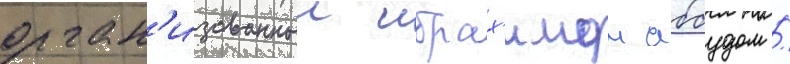
орган'изованныи ибрах'имом аббудом /